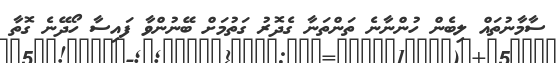
ސާމާނުތައް ލިބެން ހުންނާނެ ތަންތަނާ ގެދޮރު ގަތުމަށް ބޭނުންވާ ފައިސާ ހޯދޭނެ ގޮތާ